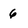
Character: 6